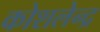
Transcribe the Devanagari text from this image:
कोशलेन्द्र